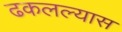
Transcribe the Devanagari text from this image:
ढकलल्यास